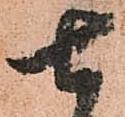
七